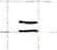
=